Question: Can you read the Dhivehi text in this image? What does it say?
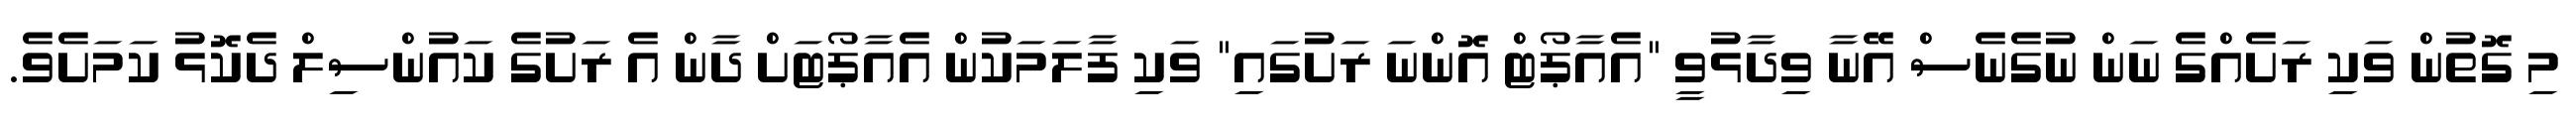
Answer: މި ގޮތުން ވަކި ރަށެއްގެ ނަން ނުގެނެސް އޭނާ ވިދާޅުވީ "އެއާޕޯޓް އޮންނަ ރަށުގައި" ވަކި ފާލަމަކުން އެއާޕޯޓަށް ދާން އެ ރަށުގެ ކައުންސިލް ދެކޮޅު ކަމަށެވެ.